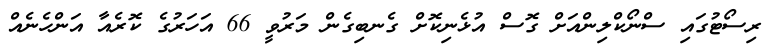
ރިސޯޓުގައި ސްނޯކްލިންއަށް ގޮސް އުޅެނިކޮށް ގެނބިގެން މަރުވީ 66 އަހަރުގެ ކޮރެއާ އަންހެނެއް